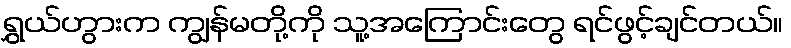
ရွှယ်ဟွားက ကျွန်မတို့ကို သူ့အကြောင်းတွေ ရင်ဖွင့်ချင်တယ်။